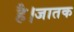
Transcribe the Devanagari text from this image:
है।जातक